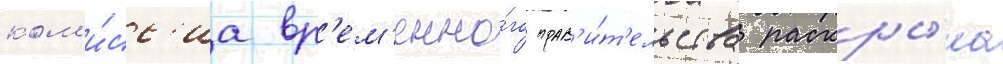
ком'и́сс'иа вр'ем'енно́го прав'и́т'ельства раскры́ла